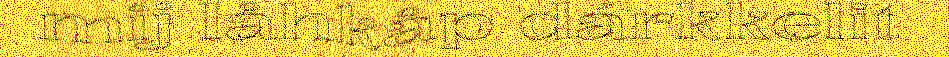
mij låhkåp dárkkelit